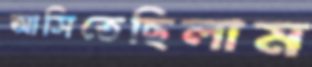
আসিতেছিলাম